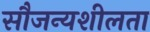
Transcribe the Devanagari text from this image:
सौजन्यशीलता